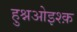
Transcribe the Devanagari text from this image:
हुश्नओइश्क़